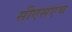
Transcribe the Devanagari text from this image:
सीएसएच